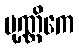
ပုဏ္ဏိကေ